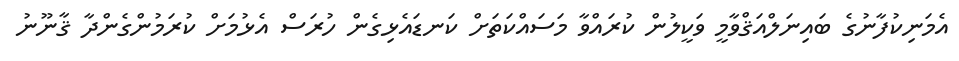
އެމަނިކުފާނުގެ ބައިނަލްއަޤްވާމީ ވަކީލުން ކުރައްވާ މަސައްކަތަށް ކަނޑައެޅިގެން ހުރަސް އެޅުމަށް ކުރަމުންގެންދާ ޤާނޫނު